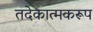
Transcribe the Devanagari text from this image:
तदेकात्मकरूप